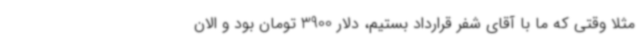
مثلا وقتی که ما با آقای شفر قرارداد بستیم، دلار 3900 تومان بود و الان